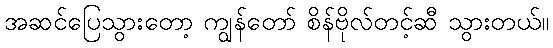
အဆင်ပြေသွားတော့ ကျွန်တော် စိန်ဗိုလ်တင့်ဆီ သွားတယ်။